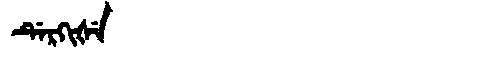
Manchu: ᡩᡝᡵᡴᡳᡧᡝ
Romanization: DERKIŠE